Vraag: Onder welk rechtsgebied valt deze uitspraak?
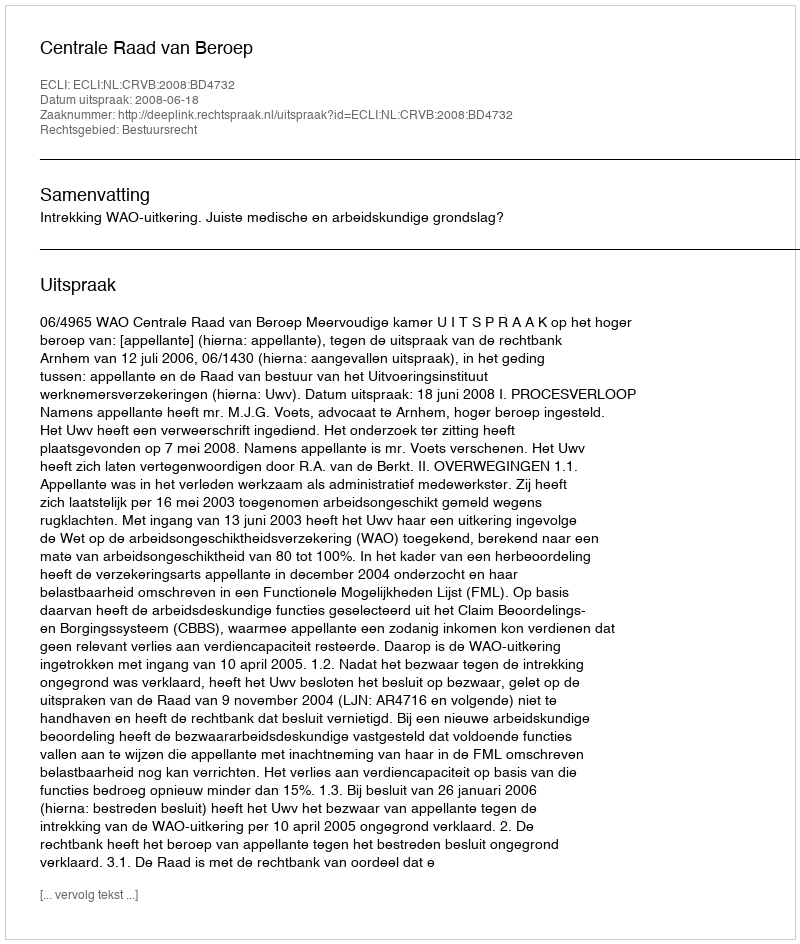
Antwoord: Bestuursrecht